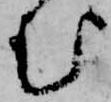
む